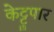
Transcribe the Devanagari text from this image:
केट्टुपार